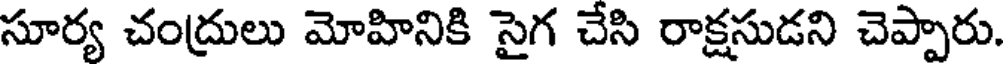
సూర్య చంద్రులు మోహినికి సైగ చేసి రాక్షసుడని చెప్పారు.